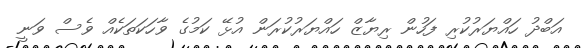
އަބްދު ހައްޔަރުކުރި ފަހުން ރިޔާޒް ހައްޔަރުކުރަން އުޅޭ ކަމުގެ ވާހަކަތަކެއް ވެސް ވަނީ